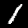
Digit: 1